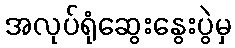
အလုပ်ရုံဆွေးနွေးပွဲမှ